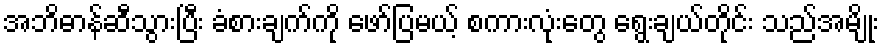
အဘိဓာန်ဆီသွားပြီး ခံစားချက်ကို ဖော်ပြမယ့် စကားလုံးတွေ ရွေးချယ်တိုင်း သည်အမျိုး